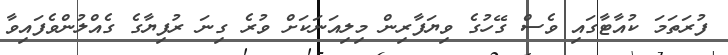
ފުރަތަމަ ކުއާޓާގައި ވެސް ގޭހުގެ ވިޔަފާރިން މިލިއަނަކަށް ވުރެ ގިނަ ރުފިޔާގެ ގެއްލުންވެފައިވާ